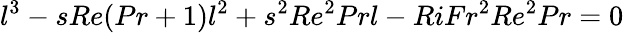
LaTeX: l^{3}-sRe(Pr+1)l^{2}+s^{2}Re^{2}Prl-RiFr^{2}Re^{2}Pr=0